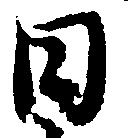
日